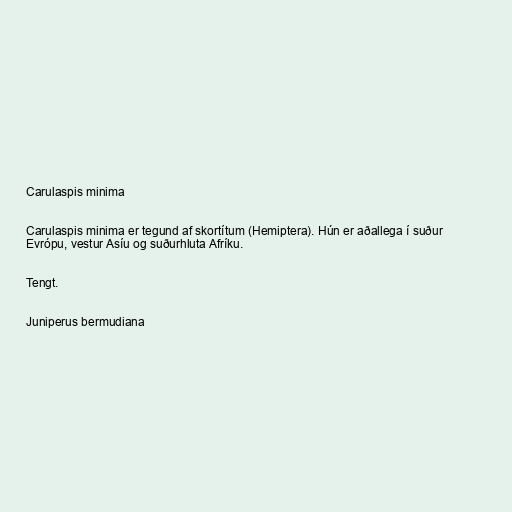
Carulaspis minima

Carulaspis minima er tegund af skortítum (Hemiptera). Hún er aðallega í suður
Evrópu, vestur Asíu og suðurhluta Afríku.

Tengt.

Juniperus bermudiana